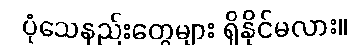
ပုံသေနည်းတွေများ ရှိနိုင်မလား။